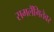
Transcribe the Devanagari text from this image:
समलैंगितेवर